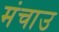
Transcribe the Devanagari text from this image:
मंचाउ